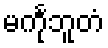
မင်္ကုဘူတံ